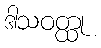
ဒါသဝတ္ထု